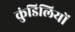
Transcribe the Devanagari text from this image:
कुंडिलियों